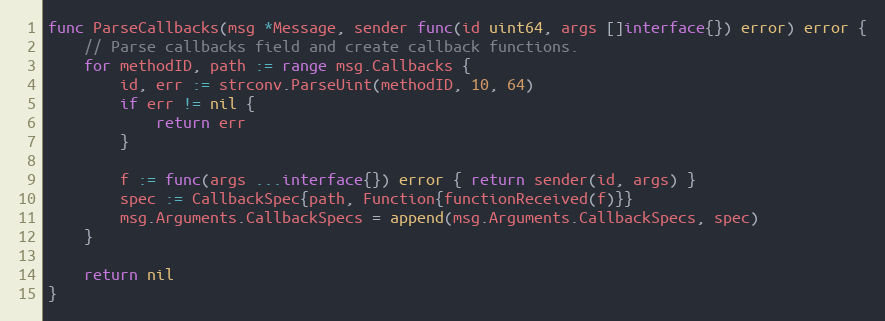
Language: Go
func ParseCallbacks(msg *Message, sender func(id uint64, args []interface{}) error) error {
	// Parse callbacks field and create callback functions.
	for methodID, path := range msg.Callbacks {
		id, err := strconv.ParseUint(methodID, 10, 64)
		if err != nil {
			return err
		}

		f := func(args ...interface{}) error { return sender(id, args) }
		spec := CallbackSpec{path, Function{functionReceived(f)}}
		msg.Arguments.CallbackSpecs = append(msg.Arguments.CallbackSpecs, spec)
	}

	return nil
}